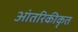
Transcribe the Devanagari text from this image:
आंतरिकीकृत